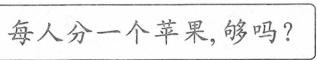
幼儿园有男生170人，女生160人。